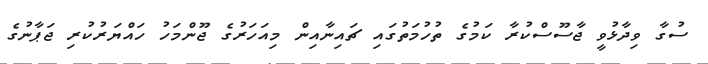
ސުގާ ވިދާޅުވީ ޖާސޫސްކުރާ ކަމުގެ ތުހުމަތުގައި ޗައިނާއިން މިއަހަރުގެ ޖޫންމަހު ހައްޔަރުކުރި ޖަޕާނުގެ